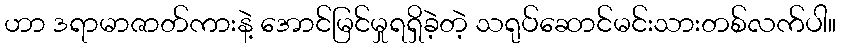
ဟာ ဒရာမာဇာတ်ကားနဲ့ အောင်မြင်မှုရရှိခဲ့တဲ့ သရုပ်ဆောင်မင်းသားတစ်လက်ပါ။